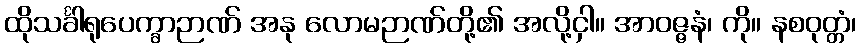
ထိုသင်္ခါရုပေက္ခာဉာဏ် အနု လောမဉာဏ်တို့၏ အလို့ငှါ။ အာဝဇ္ဇနံ၊ ကို။ နစဝုတ္တံ၊